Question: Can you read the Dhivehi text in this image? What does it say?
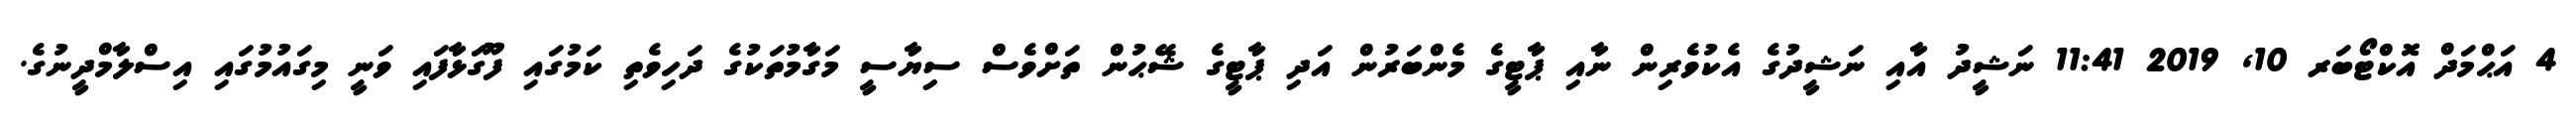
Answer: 4 އަޙްމަދް އޮކްޓޯބަރ 10, 2019 11:41 ނަޝީދު އާއި ނަޝީދުގެ އެކުވެރިން ނާއި ޕާޓީގެ މެންބަރުން އަދި ޕާޓީގެ ޝޭޙުން ތަށްވެސް ސިޔާސީ މަގާމުތަކުގެ ދަހިވެތި ކަމުގައި ފޫގަޅާފައި ވަނީ މިގައުމުގައި އިސްލާމްދީނުގެ.